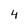
Character: 4